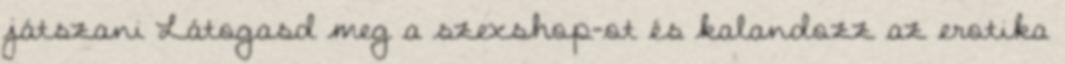
játszani Látogasd meg a szexshop-ot és kalandozz az erotika